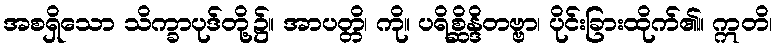
အစရှိသော သိက္ခာပုဒ်တို့၌။ အာပတ္တိ၊ ကို။ ပရိစ္ဆိန္ဒိတဗ္ဗာ၊ ပိုင်းခြားထိုက်၏။ ဣတိ၊